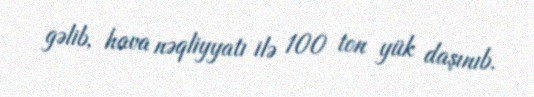
gəlib, hava nəqliyyatı ilə 100 ton yük daşınıb.